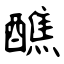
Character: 醮